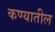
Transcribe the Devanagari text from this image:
कण्यातील